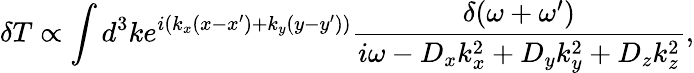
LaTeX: \delta T\propto\int d^{3}ke^{i(k_{x}(x-x^{\prime})+k_{y}(y-y^{\prime}))}\frac{\delta(\omega+\omega{'})}{i\omega-{D_{x}}{k_{x}^{2}}+{D_{y}}{k_{y}^{2}}+{D_{z}}{k_{z}^{2}}},